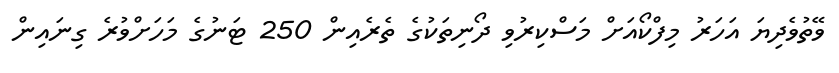
ވޭތުވެދިޔަ އަހަރު މިފްކޯއަށް މަސްކިރުވި ދޯނިތަކުގެ ތެރެއިން 250 ޓަނުގެ މަހަށްވުރެ ގިނައިން